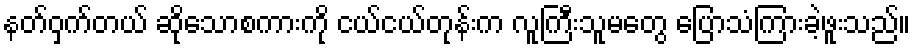
နတ်ဝှက်တယ် ဆိုသောစကားကို ငယ်ငယ်တုန်းက လူကြီးသူမတွေ ပြောသံကြားခဲ့ဖူးသည်။